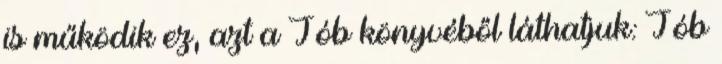
is működik ez, azt a Jób könyvéből láthatjuk: Jób